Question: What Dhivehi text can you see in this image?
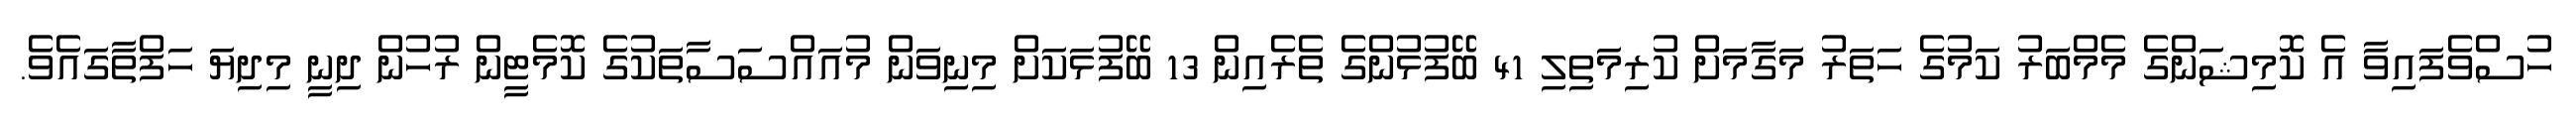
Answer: ހުސްވެފައިވާ އެ ކޮމިޝަންގެ މެމްބަރު ކަމުގެ ހަތަރު މަގާމަށް ކުރިމަތިލި 41 ބޭފުޅުންގެ ތެރެއިން 13 ބޭފުޅަކަށް މިނިވަން މުއައްސަސާތަކުގެ ކޮމެޓީން ރުހުން ދިނީ މިދިޔަ ހަފްތާގައެވެ.